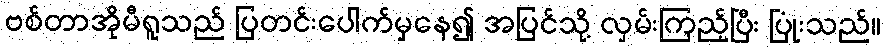
ဗစ်တာအိုမီရူသည် ပြတင်းပေါက်မှနေ၍ အပြင်သို့ လှမ်းကြည့်ပြီး ပြုံးသည်။